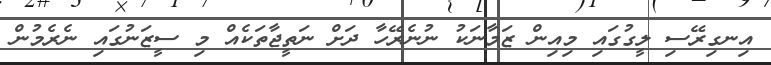
އިނގިރޭސި ލީގުގައި މިއިން ޒަމާނަކު ނުނެރޭހާ ދަށް ނަތީޖާތަކެއް މި ސީޒަނުގައި ނެރެމުން